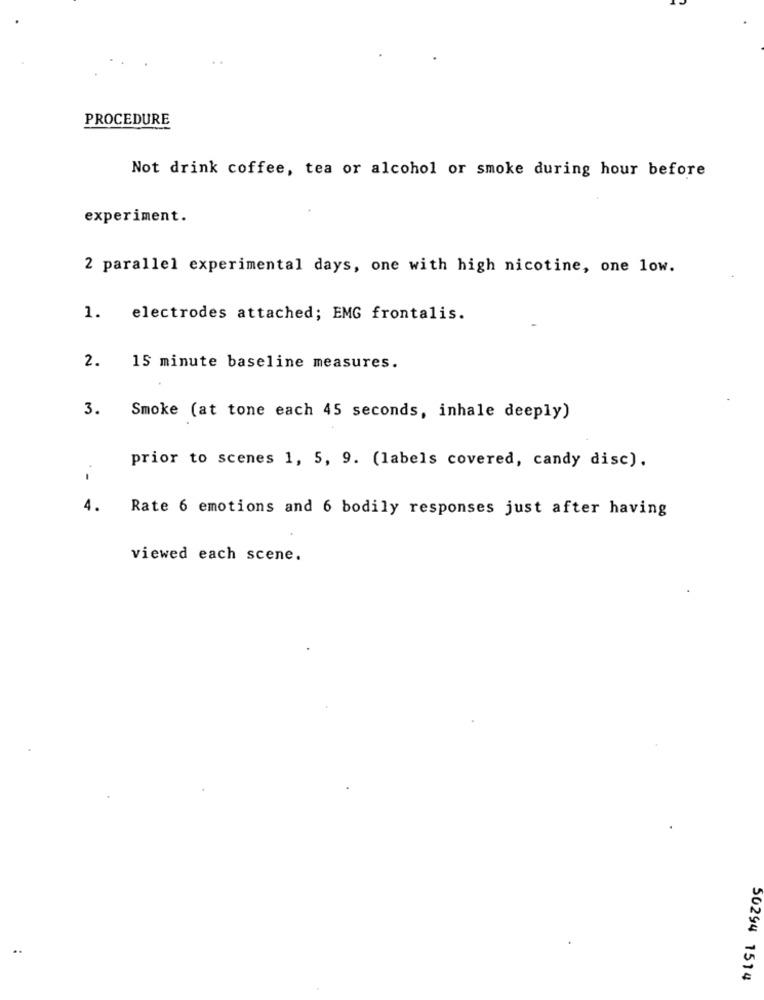
PROCEDURE
Not drink coffee, tea or alcohol or smoke during hour before
experiment.
2 parallel experimental days, one with high nicotine, one low.
1. electrodes attached; EMG frontalis.
2.
15 minute baseline measures.
3. Smoke (at tone each 45 seconds, inhale deeply)
prior to scenes 1, 5, 9. (labels covered, candy disc).
4.
Rate 6 emotions and 6 bodily responses just after having
viewed each scene.
50294 1514